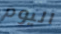
اليوم